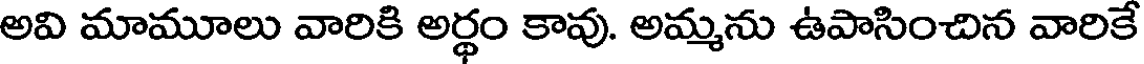
అవి మామూలు వారికి అర్థం కావు. అమ్మను ఉపాసించిన వారికే